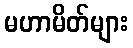
မဟာမိတ်များ